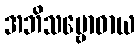
အဘိသမ္ဗောဓာယ